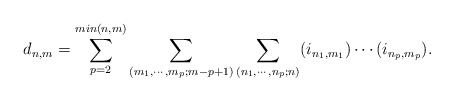
\begin{align*}d_{n,m} =\sum^{min(n,m)}_{p=2} \sum_{(m_{1},\cdots,m_{p};m-p+1)} \sum_{(n_{1},\cdots,n_{p};n)}(i_{n_{1},m_{1}}) \cdots (i_{n_{p},m_{p}}).\end{align*}